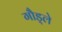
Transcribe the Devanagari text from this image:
गौड्ले